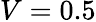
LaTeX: V=0.5